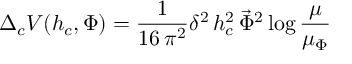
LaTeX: \Delta _ { c } V ( h _ { c } , \Phi ) = \frac { 1 } { 1 6 \, \pi ^ { 2 } } \delta ^ { 2 } \, h _ { c } ^ { 2 } \, \vec { \Phi } ^ { 2 } \log \frac { \mu } { \mu _ { \Phi } }